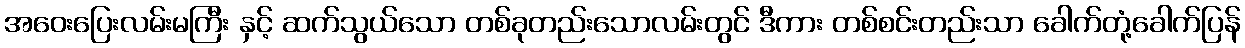
အဝေးပြေးလမ်းမကြီး နှင့် ဆက်သွယ်သော တစ်ခုတည်းသောလမ်းတွင် ဒီကား တစ်စင်းတည်းသာ ခေါက်တုံ့ခေါက်ပြန်